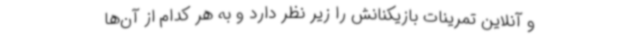
و آنلاین تمرینات بازیکنانش را زیر نظر دارد و به هر کدام از آن‌ها